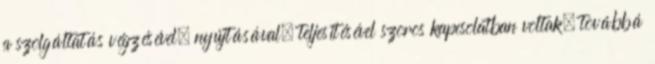
a szolgáltatás végzésével, nyújtásával, teljesítésével szoros kapcsolatban voltak, továbbá